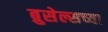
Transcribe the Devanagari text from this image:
ब्रुसेल्सच्या